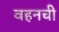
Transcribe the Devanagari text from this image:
वहनची